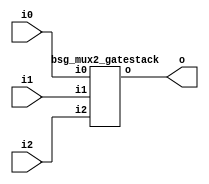


module top
(
  i0,
  i1,
  i2,
  o
);

  input [63:0] i0;
  input [63:0] i1;
  input [63:0] i2;
  output [63:0] o;

  bsg_mux2_gatestack
  wrapper
  (
    .i0(i0),
    .i1(i1),
    .i2(i2),
    .o(o)
  );


endmodule



module bsg_mux2_gatestack
(
  i0,
  i1,
  i2,
  o
);

  input [63:0] i0;
  input [63:0] i1;
  input [63:0] i2;
  output [63:0] o;
  wire [63:0] o;
  wire N0,N1,N2,N3,N4,N5,N6,N7,N8,N9,N10,N11,N12,N13,N14,N15,N16,N17,N18,N19,N20,N21,
  N22,N23,N24,N25,N26,N27,N28,N29,N30,N31,N32,N33,N34,N35,N36,N37,N38,N39,N40,N41,
  N42,N43,N44,N45,N46,N47,N48,N49,N50,N51,N52,N53,N54,N55,N56,N57,N58,N59,N60,N61,
  N62,N63,N64,N65,N66,N67,N68,N69,N70,N71,N72,N73,N74,N75,N76,N77,N78,N79,N80,N81,
  N82,N83,N84,N85,N86,N87,N88,N89,N90,N91,N92,N93,N94,N95,N96,N97,N98,N99,N100,N101,
  N102,N103,N104,N105,N106,N107,N108,N109,N110,N111,N112,N113,N114,N115,N116,N117,
  N118,N119,N120,N121,N122,N123,N124,N125,N126,N127;
  assign o[0] = (N0)? i1[0] : 
                (N64)? i0[0] : 1'b0;
  assign N0 = i2[0];
  assign o[1] = (N1)? i1[1] : 
                (N65)? i0[1] : 1'b0;
  assign N1 = i2[1];
  assign o[2] = (N2)? i1[2] : 
                (N66)? i0[2] : 1'b0;
  assign N2 = i2[2];
  assign o[3] = (N3)? i1[3] : 
                (N67)? i0[3] : 1'b0;
  assign N3 = i2[3];
  assign o[4] = (N4)? i1[4] : 
                (N68)? i0[4] : 1'b0;
  assign N4 = i2[4];
  assign o[5] = (N5)? i1[5] : 
                (N69)? i0[5] : 1'b0;
  assign N5 = i2[5];
  assign o[6] = (N6)? i1[6] : 
                (N70)? i0[6] : 1'b0;
  assign N6 = i2[6];
  assign o[7] = (N7)? i1[7] : 
                (N71)? i0[7] : 1'b0;
  assign N7 = i2[7];
  assign o[8] = (N8)? i1[8] : 
                (N72)? i0[8] : 1'b0;
  assign N8 = i2[8];
  assign o[9] = (N9)? i1[9] : 
                (N73)? i0[9] : 1'b0;
  assign N9 = i2[9];
  assign o[10] = (N10)? i1[10] : 
                 (N74)? i0[10] : 1'b0;
  assign N10 = i2[10];
  assign o[11] = (N11)? i1[11] : 
                 (N75)? i0[11] : 1'b0;
  assign N11 = i2[11];
  assign o[12] = (N12)? i1[12] : 
                 (N76)? i0[12] : 1'b0;
  assign N12 = i2[12];
  assign o[13] = (N13)? i1[13] : 
                 (N77)? i0[13] : 1'b0;
  assign N13 = i2[13];
  assign o[14] = (N14)? i1[14] : 
                 (N78)? i0[14] : 1'b0;
  assign N14 = i2[14];
  assign o[15] = (N15)? i1[15] : 
                 (N79)? i0[15] : 1'b0;
  assign N15 = i2[15];
  assign o[16] = (N16)? i1[16] : 
                 (N80)? i0[16] : 1'b0;
  assign N16 = i2[16];
  assign o[17] = (N17)? i1[17] : 
                 (N81)? i0[17] : 1'b0;
  assign N17 = i2[17];
  assign o[18] = (N18)? i1[18] : 
                 (N82)? i0[18] : 1'b0;
  assign N18 = i2[18];
  assign o[19] = (N19)? i1[19] : 
                 (N83)? i0[19] : 1'b0;
  assign N19 = i2[19];
  assign o[20] = (N20)? i1[20] : 
                 (N84)? i0[20] : 1'b0;
  assign N20 = i2[20];
  assign o[21] = (N21)? i1[21] : 
                 (N85)? i0[21] : 1'b0;
  assign N21 = i2[21];
  assign o[22] = (N22)? i1[22] : 
                 (N86)? i0[22] : 1'b0;
  assign N22 = i2[22];
  assign o[23] = (N23)? i1[23] : 
                 (N87)? i0[23] : 1'b0;
  assign N23 = i2[23];
  assign o[24] = (N24)? i1[24] : 
                 (N88)? i0[24] : 1'b0;
  assign N24 = i2[24];
  assign o[25] = (N25)? i1[25] : 
                 (N89)? i0[25] : 1'b0;
  assign N25 = i2[25];
  assign o[26] = (N26)? i1[26] : 
                 (N90)? i0[26] : 1'b0;
  assign N26 = i2[26];
  assign o[27] = (N27)? i1[27] : 
                 (N91)? i0[27] : 1'b0;
  assign N27 = i2[27];
  assign o[28] = (N28)? i1[28] : 
                 (N92)? i0[28] : 1'b0;
  assign N28 = i2[28];
  assign o[29] = (N29)? i1[29] : 
                 (N93)? i0[29] : 1'b0;
  assign N29 = i2[29];
  assign o[30] = (N30)? i1[30] : 
                 (N94)? i0[30] : 1'b0;
  assign N30 = i2[30];
  assign o[31] = (N31)? i1[31] : 
                 (N95)? i0[31] : 1'b0;
  assign N31 = i2[31];
  assign o[32] = (N32)? i1[32] : 
                 (N96)? i0[32] : 1'b0;
  assign N32 = i2[32];
  assign o[33] = (N33)? i1[33] : 
                 (N97)? i0[33] : 1'b0;
  assign N33 = i2[33];
  assign o[34] = (N34)? i1[34] : 
                 (N98)? i0[34] : 1'b0;
  assign N34 = i2[34];
  assign o[35] = (N35)? i1[35] : 
                 (N99)? i0[35] : 1'b0;
  assign N35 = i2[35];
  assign o[36] = (N36)? i1[36] : 
                 (N100)? i0[36] : 1'b0;
  assign N36 = i2[36];
  assign o[37] = (N37)? i1[37] : 
                 (N101)? i0[37] : 1'b0;
  assign N37 = i2[37];
  assign o[38] = (N38)? i1[38] : 
                 (N102)? i0[38] : 1'b0;
  assign N38 = i2[38];
  assign o[39] = (N39)? i1[39] : 
                 (N103)? i0[39] : 1'b0;
  assign N39 = i2[39];
  assign o[40] = (N40)? i1[40] : 
                 (N104)? i0[40] : 1'b0;
  assign N40 = i2[40];
  assign o[41] = (N41)? i1[41] : 
                 (N105)? i0[41] : 1'b0;
  assign N41 = i2[41];
  assign o[42] = (N42)? i1[42] : 
                 (N106)? i0[42] : 1'b0;
  assign N42 = i2[42];
  assign o[43] = (N43)? i1[43] : 
                 (N107)? i0[43] : 1'b0;
  assign N43 = i2[43];
  assign o[44] = (N44)? i1[44] : 
                 (N108)? i0[44] : 1'b0;
  assign N44 = i2[44];
  assign o[45] = (N45)? i1[45] : 
                 (N109)? i0[45] : 1'b0;
  assign N45 = i2[45];
  assign o[46] = (N46)? i1[46] : 
                 (N110)? i0[46] : 1'b0;
  assign N46 = i2[46];
  assign o[47] = (N47)? i1[47] : 
                 (N111)? i0[47] : 1'b0;
  assign N47 = i2[47];
  assign o[48] = (N48)? i1[48] : 
                 (N112)? i0[48] : 1'b0;
  assign N48 = i2[48];
  assign o[49] = (N49)? i1[49] : 
                 (N113)? i0[49] : 1'b0;
  assign N49 = i2[49];
  assign o[50] = (N50)? i1[50] : 
                 (N114)? i0[50] : 1'b0;
  assign N50 = i2[50];
  assign o[51] = (N51)? i1[51] : 
                 (N115)? i0[51] : 1'b0;
  assign N51 = i2[51];
  assign o[52] = (N52)? i1[52] : 
                 (N116)? i0[52] : 1'b0;
  assign N52 = i2[52];
  assign o[53] = (N53)? i1[53] : 
                 (N117)? i0[53] : 1'b0;
  assign N53 = i2[53];
  assign o[54] = (N54)? i1[54] : 
                 (N118)? i0[54] : 1'b0;
  assign N54 = i2[54];
  assign o[55] = (N55)? i1[55] : 
                 (N119)? i0[55] : 1'b0;
  assign N55 = i2[55];
  assign o[56] = (N56)? i1[56] : 
                 (N120)? i0[56] : 1'b0;
  assign N56 = i2[56];
  assign o[57] = (N57)? i1[57] : 
                 (N121)? i0[57] : 1'b0;
  assign N57 = i2[57];
  assign o[58] = (N58)? i1[58] : 
                 (N122)? i0[58] : 1'b0;
  assign N58 = i2[58];
  assign o[59] = (N59)? i1[59] : 
                 (N123)? i0[59] : 1'b0;
  assign N59 = i2[59];
  assign o[60] = (N60)? i1[60] : 
                 (N124)? i0[60] : 1'b0;
  assign N60 = i2[60];
  assign o[61] = (N61)? i1[61] : 
                 (N125)? i0[61] : 1'b0;
  assign N61 = i2[61];
  assign o[62] = (N62)? i1[62] : 
                 (N126)? i0[62] : 1'b0;
  assign N62 = i2[62];
  assign o[63] = (N63)? i1[63] : 
                 (N127)? i0[63] : 1'b0;
  assign N63 = i2[63];
  assign N64 = ~i2[0];
  assign N65 = ~i2[1];
  assign N66 = ~i2[2];
  assign N67 = ~i2[3];
  assign N68 = ~i2[4];
  assign N69 = ~i2[5];
  assign N70 = ~i2[6];
  assign N71 = ~i2[7];
  assign N72 = ~i2[8];
  assign N73 = ~i2[9];
  assign N74 = ~i2[10];
  assign N75 = ~i2[11];
  assign N76 = ~i2[12];
  assign N77 = ~i2[13];
  assign N78 = ~i2[14];
  assign N79 = ~i2[15];
  assign N80 = ~i2[16];
  assign N81 = ~i2[17];
  assign N82 = ~i2[18];
  assign N83 = ~i2[19];
  assign N84 = ~i2[20];
  assign N85 = ~i2[21];
  assign N86 = ~i2[22];
  assign N87 = ~i2[23];
  assign N88 = ~i2[24];
  assign N89 = ~i2[25];
  assign N90 = ~i2[26];
  assign N91 = ~i2[27];
  assign N92 = ~i2[28];
  assign N93 = ~i2[29];
  assign N94 = ~i2[30];
  assign N95 = ~i2[31];
  assign N96 = ~i2[32];
  assign N97 = ~i2[33];
  assign N98 = ~i2[34];
  assign N99 = ~i2[35];
  assign N100 = ~i2[36];
  assign N101 = ~i2[37];
  assign N102 = ~i2[38];
  assign N103 = ~i2[39];
  assign N104 = ~i2[40];
  assign N105 = ~i2[41];
  assign N106 = ~i2[42];
  assign N107 = ~i2[43];
  assign N108 = ~i2[44];
  assign N109 = ~i2[45];
  assign N110 = ~i2[46];
  assign N111 = ~i2[47];
  assign N112 = ~i2[48];
  assign N113 = ~i2[49];
  assign N114 = ~i2[50];
  assign N115 = ~i2[51];
  assign N116 = ~i2[52];
  assign N117 = ~i2[53];
  assign N118 = ~i2[54];
  assign N119 = ~i2[55];
  assign N120 = ~i2[56];
  assign N121 = ~i2[57];
  assign N122 = ~i2[58];
  assign N123 = ~i2[59];
  assign N124 = ~i2[60];
  assign N125 = ~i2[61];
  assign N126 = ~i2[62];
  assign N127 = ~i2[63];

endmodule